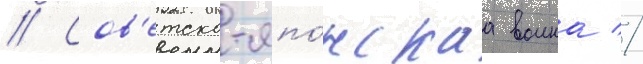
// Сов'етско-япо́нскаа воина //